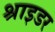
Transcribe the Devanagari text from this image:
श्राइडर